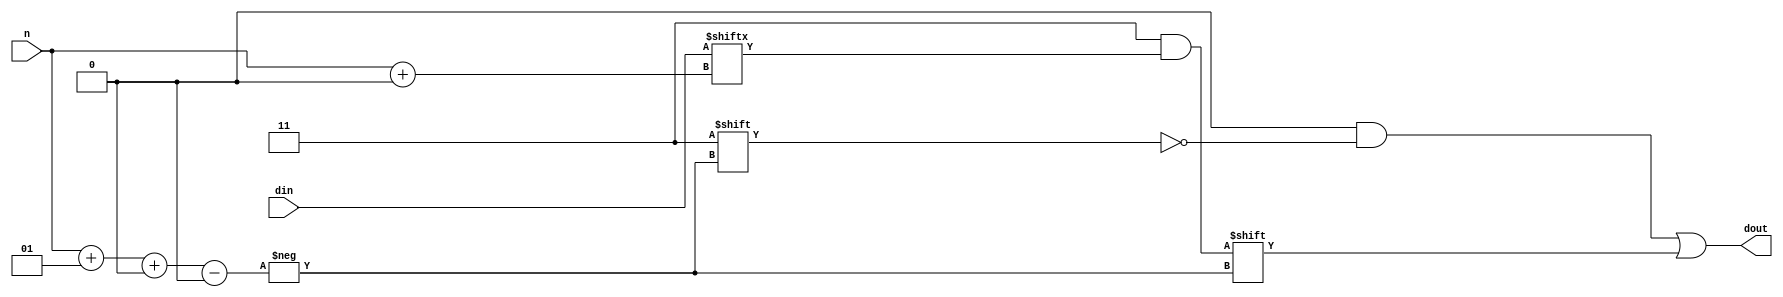
module partsel_test004 (
	input [31:0] din,
	input signed [4:0] n,
	output reg [31:0] dout
);
	always @(*) begin
		dout = 0;
		dout[n+1 +: 2] = din[n +: 2];
	end
endmodule